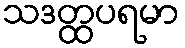
သဒတ္ထပရမာ